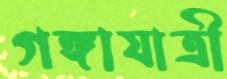
গঙ্গাযাত্রী